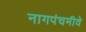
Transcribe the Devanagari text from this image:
नागपंचमीवे